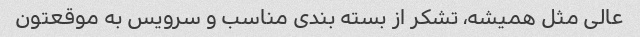
عالی مثل همیشه، تشکر از بسته بندی مناسب و سرویس به موقعتون